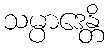
သမ္ပာဒေန္တိ